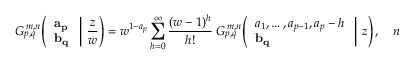
G _ { p , q } ^ { \, m , n } \! \left( \left. { \begin{array} { l } { \mathbf { a _ { p } } } \\ { \mathbf { b _ { q } } } \end{array} } \; \right| \, { \frac { z } { w } } \right) = w ^ { 1 - a _ { p } } \sum _ { h = 0 } ^ { \infty } { \frac { ( w - 1 ) ^ { h } } { h ! } } \; G _ { p , q } ^ { \, m , n } \! \left( \left. { \begin{array} { l } { a _ { 1 } , \dots , a _ { p - 1 } , a _ { p } - h } \\ { \mathbf { b _ { q } } } \end{array} } \; \right| \, z \right) , \quad n